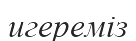
игереміз